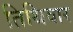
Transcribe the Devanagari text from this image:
तिथिवार